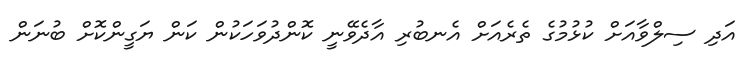
އަދި ސިލްވާއަށް ކުޅުމުގެ ތެރެއަށް އެނބުރި އާދެވޭނީ ކޮންދުވަހަކުން ކަން ޔަގީންކޮށް ބުނަން